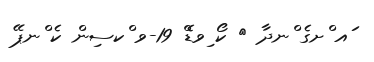
ައ ްށގެ ްނދާ 	 ކޯ ިވޑްެ 19-ވ ްކސިން ކެ ްނޕޭ